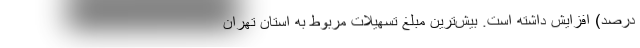
درصد) افزایش داشته است. بیش‌ترین مبلغ تسهیلات مربوط به استان تهران